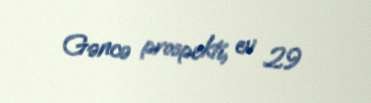
Gəncə prospekti, ev 29